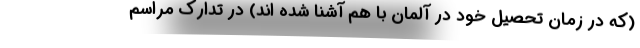
(که در زمان تحصیل خود در آلمان با هم آشنا شده اند) در تدارک مراسم